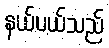
နယ်ပယ်သည်